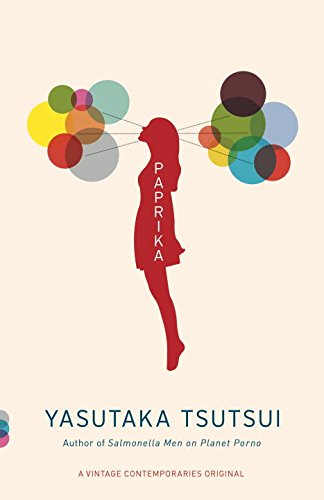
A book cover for Paprika (Vintage Contemporaries); Yasutaka Tsutsui; Literature & Fiction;